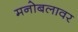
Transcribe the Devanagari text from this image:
मनोबलावर